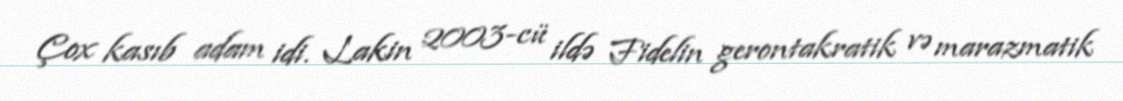
Çox kasıb adam idi. Lakin 2003-cü ildə Fidelin gerontakratik və marazmatik